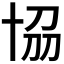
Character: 𠦢